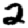
Digit: 2